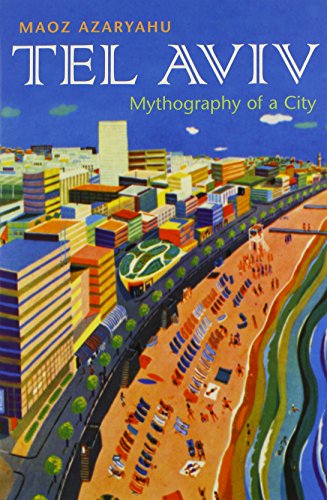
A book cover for Tel Aviv: Mythography of a City (Space, Place and Society); Maoz Azaryahu; Travel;